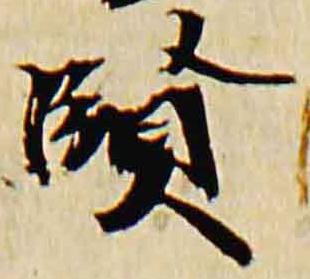
賢